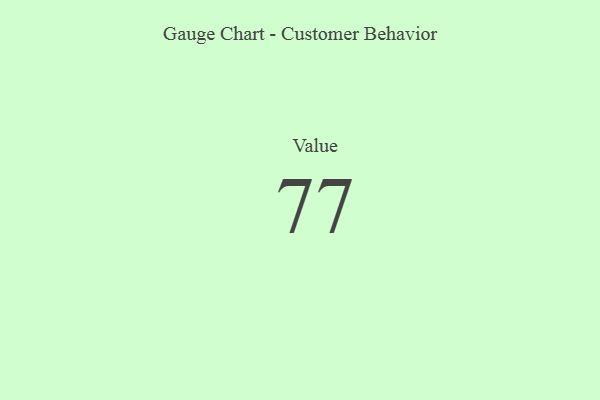
{"axis": {"x": "Metric", "y": "Value"}, "legend": [""], "data": [{"x": "Value", "y": 77, "type": ""}]}